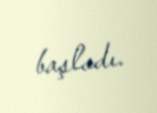
başladı.